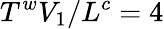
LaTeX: T^{w}V_{1}/L^{c}=4